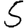
Digit: 5